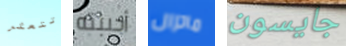
تتعثر أحببته ماتزال جايسون